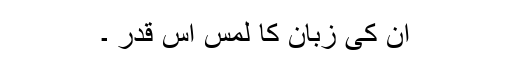
ان کی زبان کا لمس اس قدر ۔